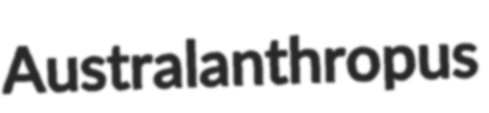
Australanthropus